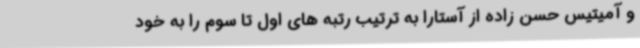
و آمیتیس حسن زاده از آستارا به ترتیب رتبه های اول تا سوم را به خود